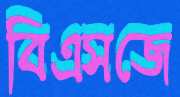
বিএসজে